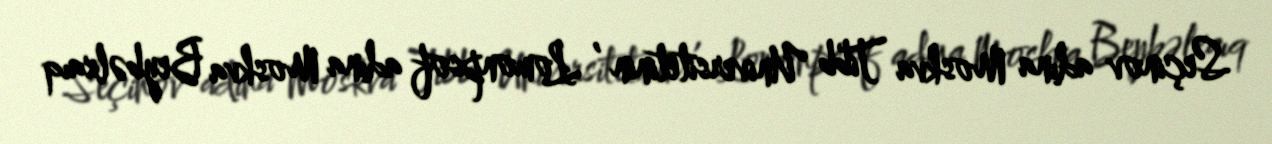
Seçinov adına Moskva Tibb Universitetinin , Lomonpsof adına Moskva Beybəlxaıq